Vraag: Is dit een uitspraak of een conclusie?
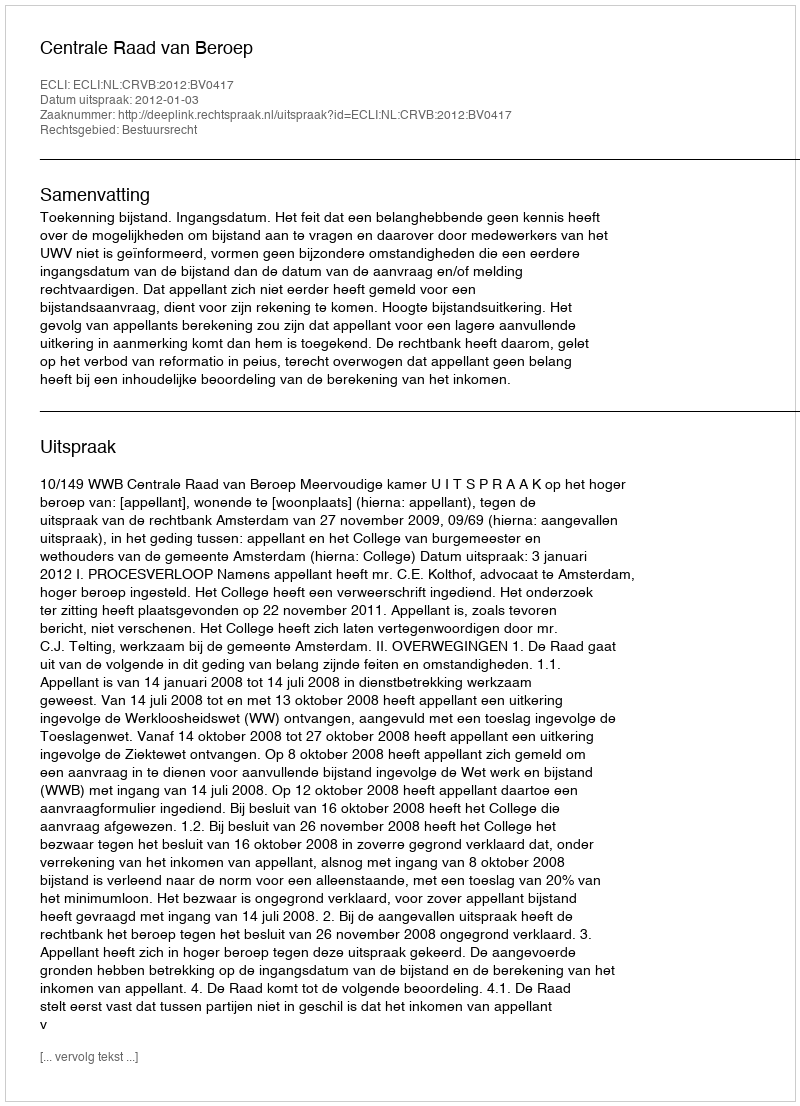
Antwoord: Uitspraak